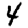
Digit: 4